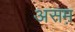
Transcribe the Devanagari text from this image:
असम़